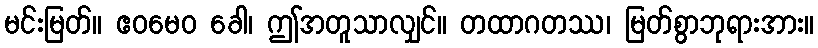
မင်းမြတ်။ ဧဝမေဝ ခေါ၊ ဤအတူသာလျှင်။ တထာဂတဿ၊ မြတ်စွာဘုရားအား။